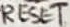
Text: RESET